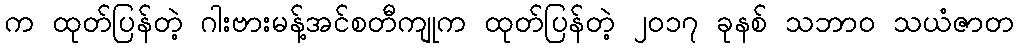
က ထုတ်ပြန်တဲ့ ဂါးဗားမန့်အင်စတီကျုက ထုတ်ပြန်တဲ့ ၂၀၁၇ ခုနစ် သဘာဝ သယံဇာတ